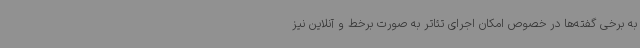
به برخی گفته‌ها در خصوص امکان اجرای تئاتر به صورت برخط و آنلاین نیز